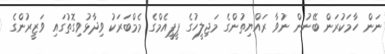
ނަން ހާމަކުރަން ބޭނުން ނުވާ ރައްޔިތުންގެ މަޖިލީހުގެ ޕީޕީއެމްގެ މެމްބަރަކު ވިދާޅުވިގޮތުގައި ވަޒީރުންގެ